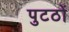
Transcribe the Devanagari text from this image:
पुटठों